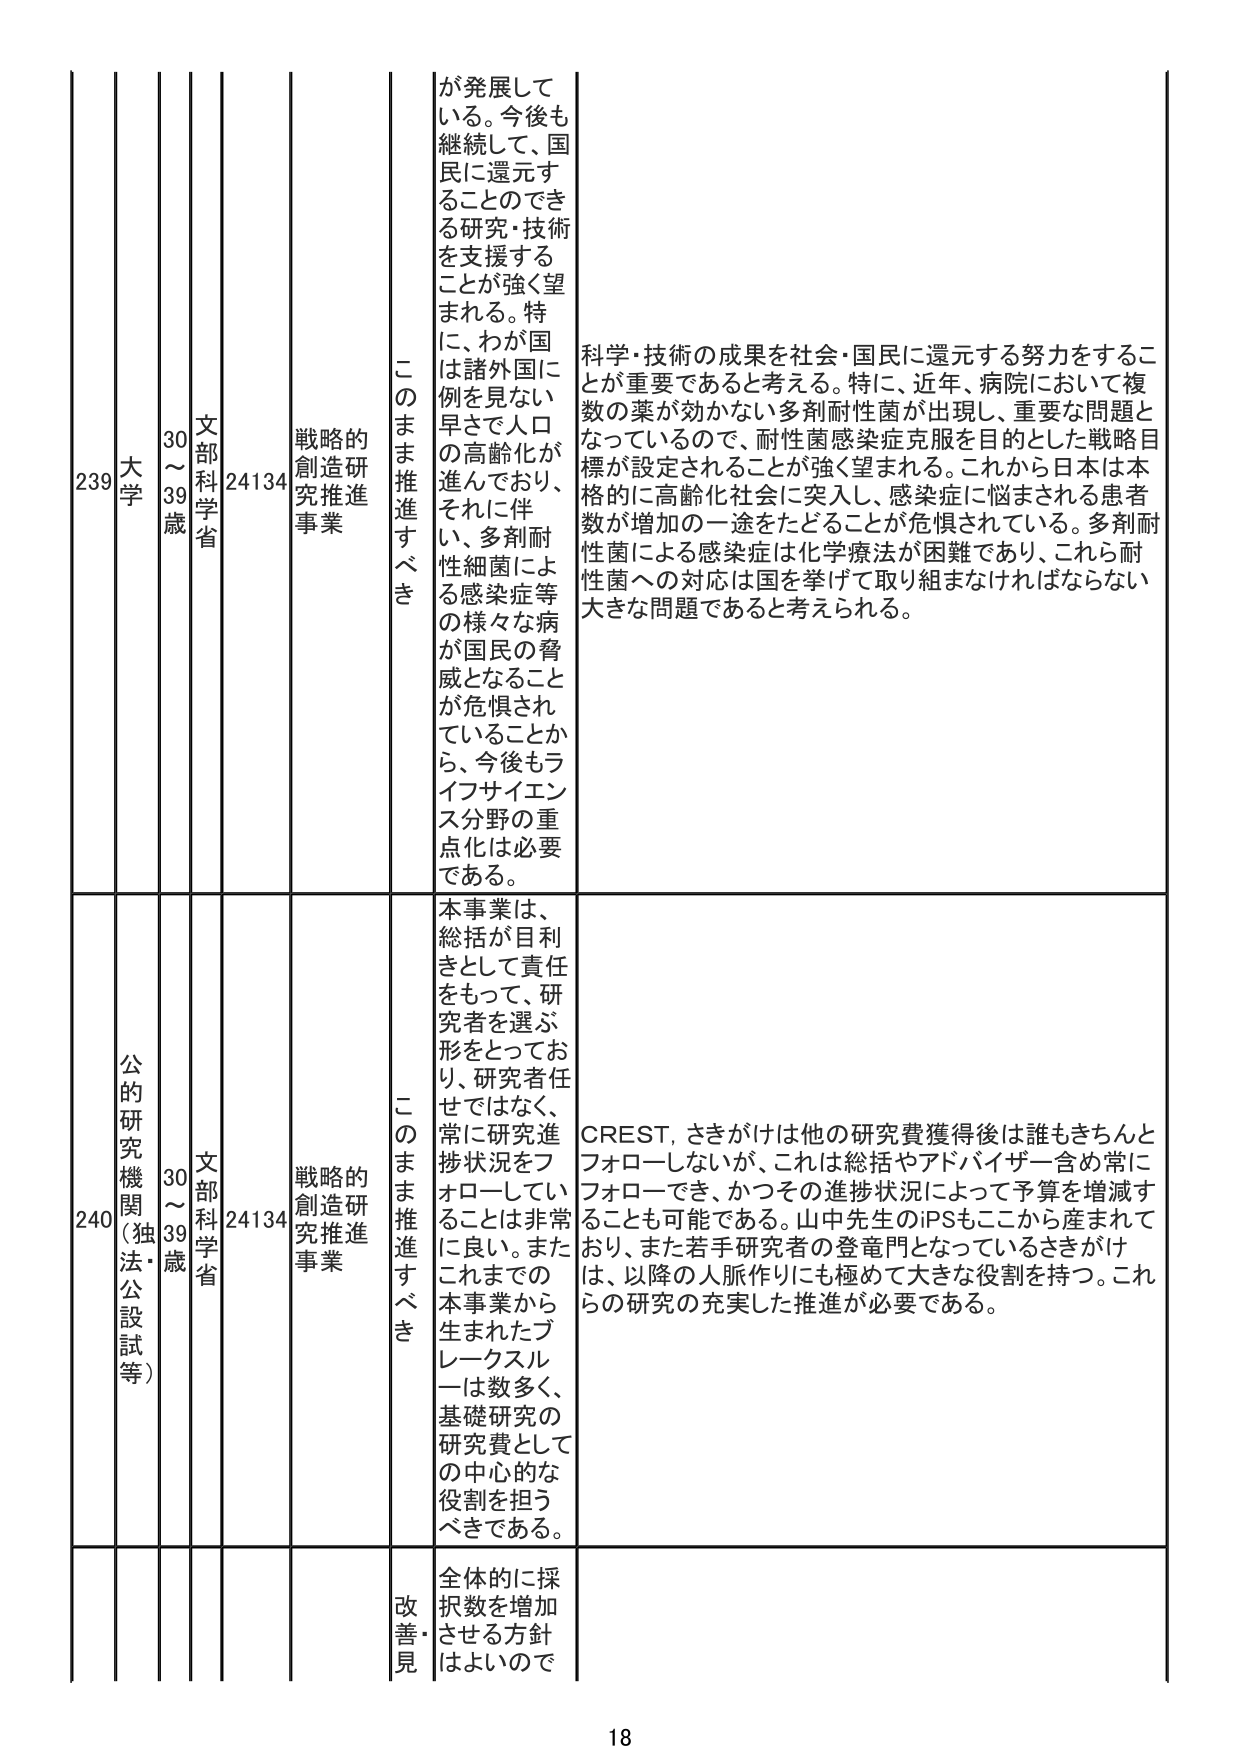
239 大学 30～39歳 文部科学省 24134 戦略的創造研究推進事業 このまま推進すべき が発展している。今後も継続して、国民に還元することができる研究・技術を支援することが強く望まれる。特に、わが国は諸外国に例を見ない早さで人口の高齢化が進んでおり、それに伴い、多剤耐性細菌による感染症等の様々な病が国民の脅威となることが危惧されていることから、今後もライフサイエンス分野の重点化は必要である。 科学・技術の成果を社会・国民に還元する努力をすることが重要であると考える。特に、近年、病院において複数の薬が効かない多剤耐性菌が出現し、重要な問題となっているので、耐性菌感染症克服を目的とした戦略目標が設定されることが強く望まれる。これから日本は本格的に高齢化社会に突入し、感染症に悩まされる患者数が増加の一途をたどることが危惧されている。多剤耐性菌による感染症は化学療法が困難であり、これら耐性菌への対応は国を挙げて取り組まなければならない大きな問題であると考えられる。

240 公的研究機関（独法・公設試等） 30～39歳 文部科学省 24134 戦略的創造研究推進事業 このまま推進すべき 本事業は、総括が目利きとして責任をもって、研究者を選ぶ形をとっており、研究者任せではなく、常に研究進捗状況をフォローしていることは非常に良い。またこれまでの本事業から生まれたブレークスルーは数多く、基礎研究の研究費としての中心的な役割を担うべきである。 CREST, さきがけは他の研究費獲得後は誰もきちんとフォローしないが、これは総括やアドバイザー含め常にフォローでき、かつその進捗状況によって予算を増減することも可能である。山中先生のiPSもここから産まれており、また若手研究者の登竜門となっているさきがけは、以降の人脈作りにも極めて大きな役割を持つ。これらの研究の充実した推進が必要である。

改善・見 全体的に採択数を増加させる方針はよいので

18